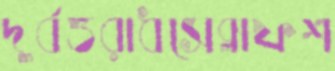
দুর্বত্তরাধসেব্লাফশ